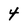
Character: 4